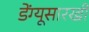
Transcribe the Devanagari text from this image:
डेंग्यूसारखी